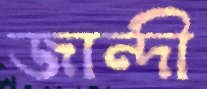
জান্দী